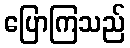
ပြောကြသည်